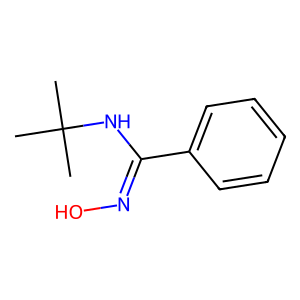
SMILES: CC(C)(C)NC(=NO)c1ccccc1
Inhibits HIV replication: No